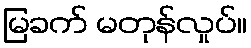
မြခက် မတုန်လှုပ်။